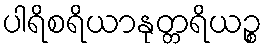
ပါရိစရိယာနုတ္တရိယဉ္စ